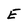
Character: E